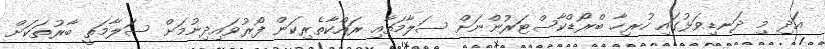
އަދި މި ދަނޑިވަޅުގައި ހުރިހާ ބްރޯޑްކާސްޓަރުންނަށް ސަލާމަތާއި ރައްކާތެރިކަން ފޯރުވައިދިނުމަށް ސަލާމަތީ ބާރުތަކަށް